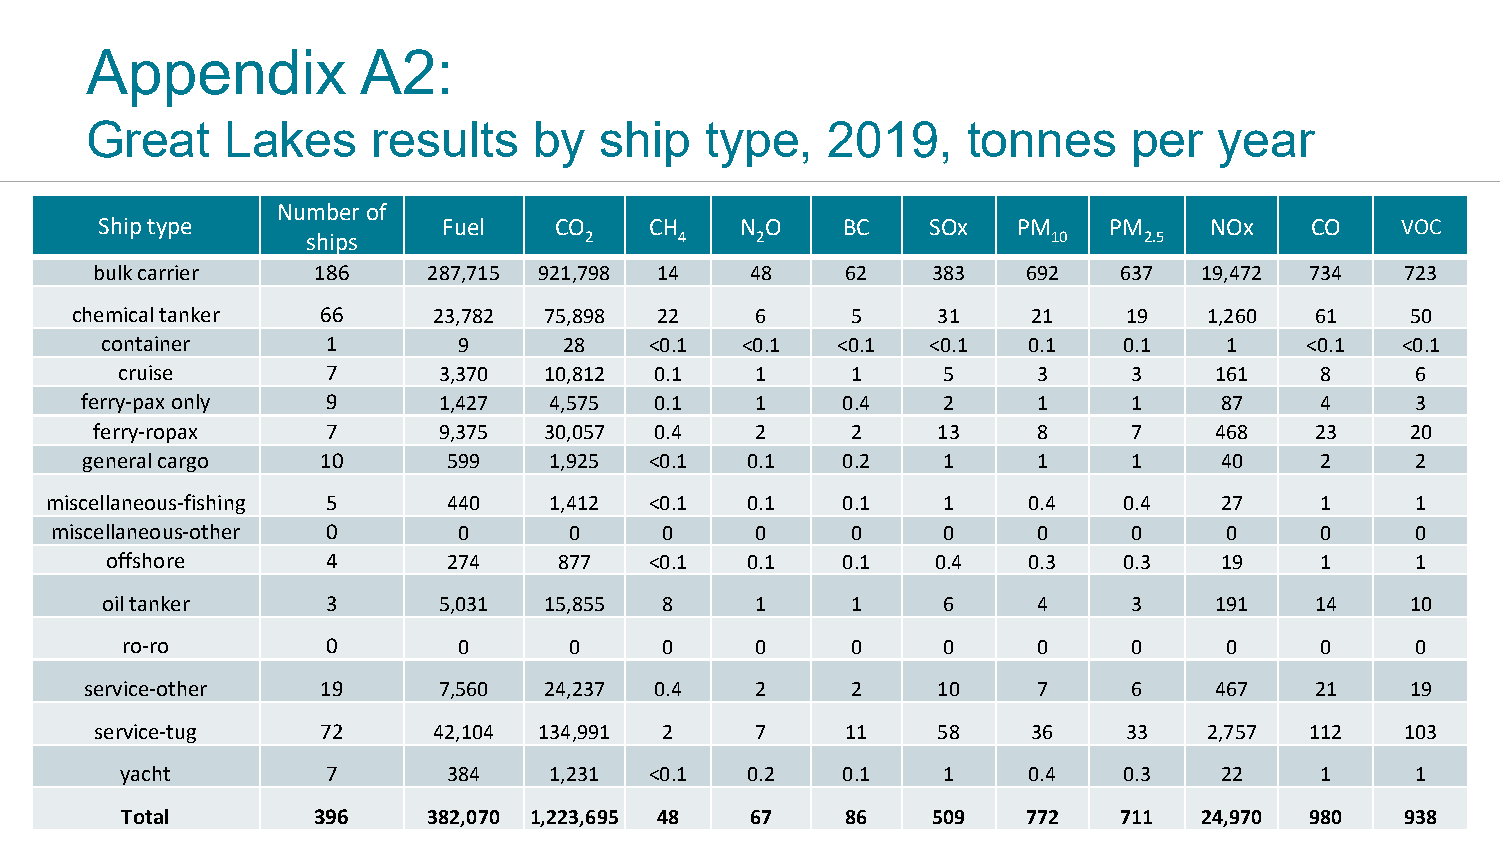
Appendix          A2:
 Great    Lakes     results   by   ship   type,   2019,    tonnes     per   year
 Number of
 Ship type             Fuel    CO    CH    N O    BC    SOx  PM    PM     NOx    CO    VOC
 ships              2     4    2                   10    2.5
 bulk carrier   186    287,715 921,798 14    48    62    383   692   637   19,472 734   723
 chemical tanker 66      23,782 75,898 22     6     5     31    21     19   1,260  61    50
 container      1       9      28    <0.1  <0.1  <0.1   <0.1  0.1   0.1    1    <0.1   <0.1
 cruise        7      3,370  10,812 0.1    1     1     5      3     3    161    8      6
 ferry-pax only   9      1,427  4,575  0.1    1     0.4   2      1     1     87    4      3
 ferry-ropax     7      9,375  30,057 0.4    2     2     13     8     7    468    23    20
 general cargo   10       599   1,925  <0.1  0.1    0.2   1      1     1     40    2      2
 miscellaneous-fishing 5    440   1,412  <0.1  0.1    0.1   1     0.4   0.4    27    1      1
 miscellaneous-other 0      0       0     0     0     0     0      0     0     0     0      0
 offshore       4       274    877   <0.1  0.1    0.1   0.4   0.3   0.3    19    1      1
 oil tanker     3      5,031  15,855  8     1     1     6      4     3    191    14    10
 ro-ro         0       0       0     0     0     0     0      0     0     0     0      0
 service-other  19      7,560  24,237 0.4    2     2     10     7     6    467    21    19
 service-tug    72      42,104 134,991 2     7     11    58    36     33   2,757  112   103
 yacht         7       384   1,231  <0.1  0.2    0.1   1     0.4   0.3    22    1      1
 14
 Total        396    382,070 1,223,695 48  67    86    509   772   711   24,970 980   938